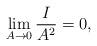
LaTeX: \begin{align*}\lim_{A \to 0 } \frac{I}{A^2}=0,\end{align*}